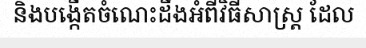
និងបង្កើតចំណេះដឹងអំពីវិធីសាស្ត្រ ដែល